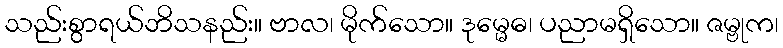
သည်းစွာရယ်ဘိသနည်း။ ဗာလ၊ မိုက်သော။ ဒုမ္မေဓ၊ ပညာမရှိသော။ ဇမ္ဗုက၊